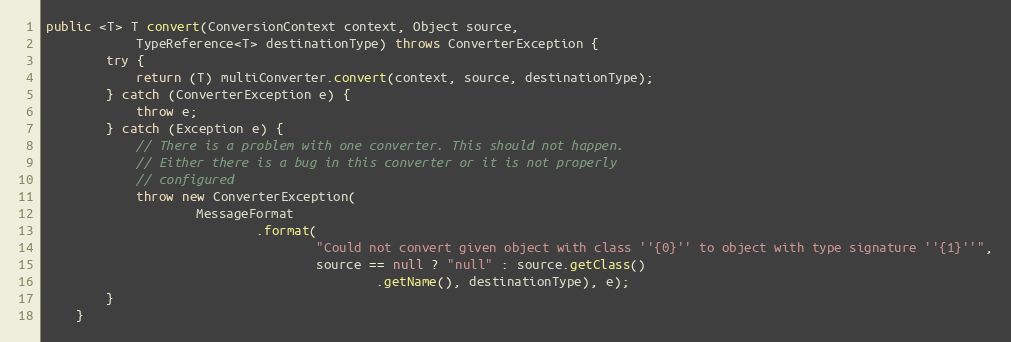
Language: Java
public <T> T convert(ConversionContext context, Object source,
			TypeReference<T> destinationType) throws ConverterException {
		try {
			return (T) multiConverter.convert(context, source, destinationType);
		} catch (ConverterException e) {
			throw e;
		} catch (Exception e) {
			// There is a problem with one converter. This should not happen.
			// Either there is a bug in this converter or it is not properly
			// configured
			throw new ConverterException(
					MessageFormat
							.format(
									"Could not convert given object with class ''{0}'' to object with type signature ''{1}''",
									source == null ? "null" : source.getClass()
											.getName(), destinationType), e);
		}
	}